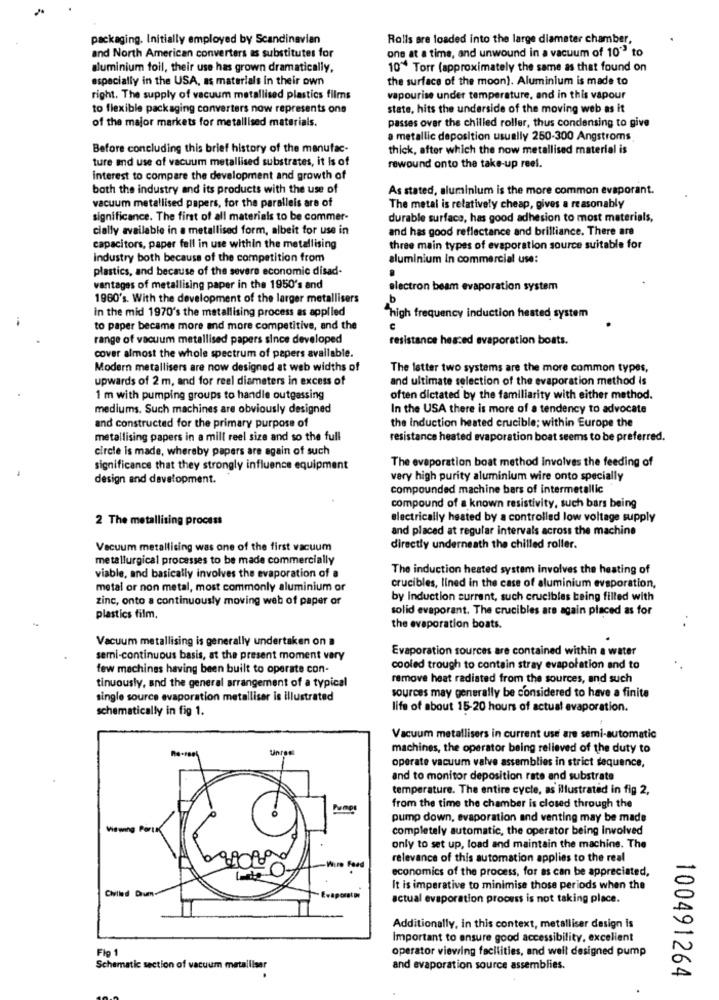
packaging. Initially employed by Scandinavian
Rolls are loaded into the large diameter chamber,
and North American converters as substitutes for
one at a time, and unwound in a vacuum of 10" to
aluminium foil, their use has grown dramatically.
10" Torr (approximately the same as that found on
especially in the USA, as materials in their own
the surface of the moon). Aluminium is made to
right. The supply of vacuum metallised plastics films
vapourise under temperature, and in this vapour
to flexible packaging converters now represents one
state, hits the underside of the moving web as it
of the major markets for metallised materials.
passes over the chilled roller, thus condensing to give
a metallic deposition usually 250-300 Angstroms
Before concluding this brief history of the manufac-
thick, after which the now metallised material is
ture and use of vacuum metallised substrates, it is of
rewound onto the take-up reel.
interest to compare the development and growth of
both the industry and its products with the use of
As stated, aluminium is the more common evaporant.
vacuum metallised papers, for the paralleis are of
The metal is relatively cheap, gives a reasonably
significance. The first of all materials to be commer-
durable surface, has good adhesion to most materials,
cially available in a metallised form, albeit for use in
and has good reflectance and brilliance. There are
capacitors, paper fell in use within the metallising
three main types of evaporation source suitable for
Industry both because of the competition from
aluminium in commercial use:
plastics, and because of the severe economic disad-
.
vantages of metallising paper in the 1950's and
electron beam evaporation system
1960's. With the development of the larger metallisers
b
in the mid 1970's the metallising process as applied
"high frequency induction heated system
to paper became more and more competitive, and the
€
range of vacuum metallised papers since developed
resistance hesced evaporation boats.
cover almost the whole spectrum of papers available.
Modern metallisers are now designed at web widths of
The latter two systems are the more common types,
upwards of 2 m, and for reel diameters in excess of
and ultimate selection of the evaporation method is
1 m with pumping groups to handle outgassing
often dictated by the familiarity with either method.
mediums. Such machines are obviously designed
In the USA there is more of a tendency to advocate
and constructed for the primary purpose of
the Induction heated crucible; within Europe the
metallising papers in a mill reel size and so the full
resistance heated evaporation boat seems to be preferred.
circle is made, whereby papers are again of such
The evaporation boat method Involves the feeding of
significance that they strongly influence equipment
design and development.
very high purity aluminium wire onto specially
compounded machine bars of intermetallic
compound of a known resistivity, such bars being
2 The metallising process
electrically heated by a controlled low voltage supply
and placed at regular intervals across the machine
Vacuum metallising was one of the first vacuum
directly underneath the chilled roller.
metallurgical processes to be made commercially
The induction heated system involves the heating of
viable, and basically involves the evaporation of a
metal or non metal, most commonly aluminium or
crucibles, lined in the case of aluminium evaporation,
zinc, onto a continuously moving web of paper or
by induction current, such crucibles being filled with
solid evaporant. The crucibles are again placed as for
plastics film.
the evaporation boats.
Vacuum metallising is generally undertaken on a
Evaporation sources are contained within a water
serni-continuous basis, at the present moment vary
few machines having been built to operate con-
cooled trough to contain stray evaporation and to
tinuously, and the general arrangement of a typical
remove heat radiated from the sources, and such
single source evaporation metalliser is illustrated
sources may generally be considered to have a finite
schematically in fig 1.
life of about 15-20 hours of actual evaporation.
Vacuum metallisers in current use are semi-automatic
Unred
machines, the operator being relieved of the duty to
operate vacuum valve assemblies in strict sequence,
and to monitor deposition rate and substrate
temperature. The entire cycle, as illustrated in fig 2,
from the time the chamber is closed through the
pump down, evaporation and venting may be made
Viewing PortK
completely automatic, the operator being involved
only to set up, load and maintain the machine. The
relevance of this automation applies to the real
Ford
economics of the process, for as can be appreciated,
Chilled Drum-
It is imperative to minimise those periods when the
raporata
actual evaporation process is not taking place.
Additionally, in this context, metalliser design is
Important to ensure good accessibility, excellent
Fig 1
operator viewing facilities, and well designed pump
Schematic section of vacuum metalliser
and evaporation source assemblies.
100491264